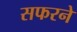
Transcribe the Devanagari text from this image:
सफरने